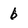
Character: 6